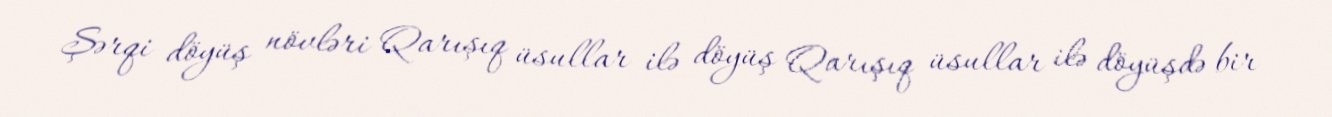
Şərqi döyüş növləri Qarışıq üsullar ilə döyüş Qarışıq üsullar ilə döyüşdə bir